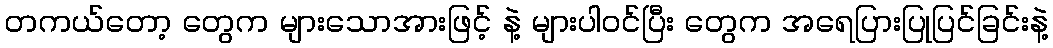
တကယ်တော့ တွေက များသောအားဖြင့် နဲ့ များပါဝင်ပြီး တွေက အရေပြားပြုပြင်ခြင်းနဲ့